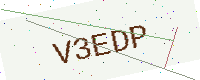
Text: V3EDP